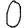
Digit: 0